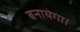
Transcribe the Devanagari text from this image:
बनायेगा।